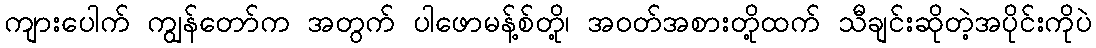
ကျားပေါက် ကျွန်တော်က အတွက် ပါဖောမန့်စ်တို့၊ အဝတ်အစားတို့ထက် သီချင်းဆိုတဲ့အပိုင်းကိုပဲ